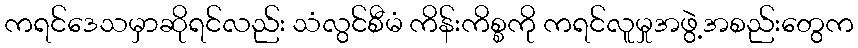
ကရင်ဒေသမှာဆိုရင်လည်း သံလွင်စီမံ ကိန်းကိစ္စကို ကရင်လူမှုအဖွဲ့အစည်းတွေက